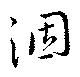
涸